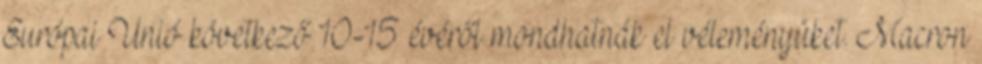
Európai Unió következő 10-15 évéről mondhatnák el véleményüket. Macron